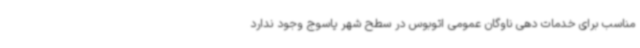
مناسب برای خدمات دهی ناوگان عمومی اتوبوس در سطح شهر یاسوج وجود ندارد